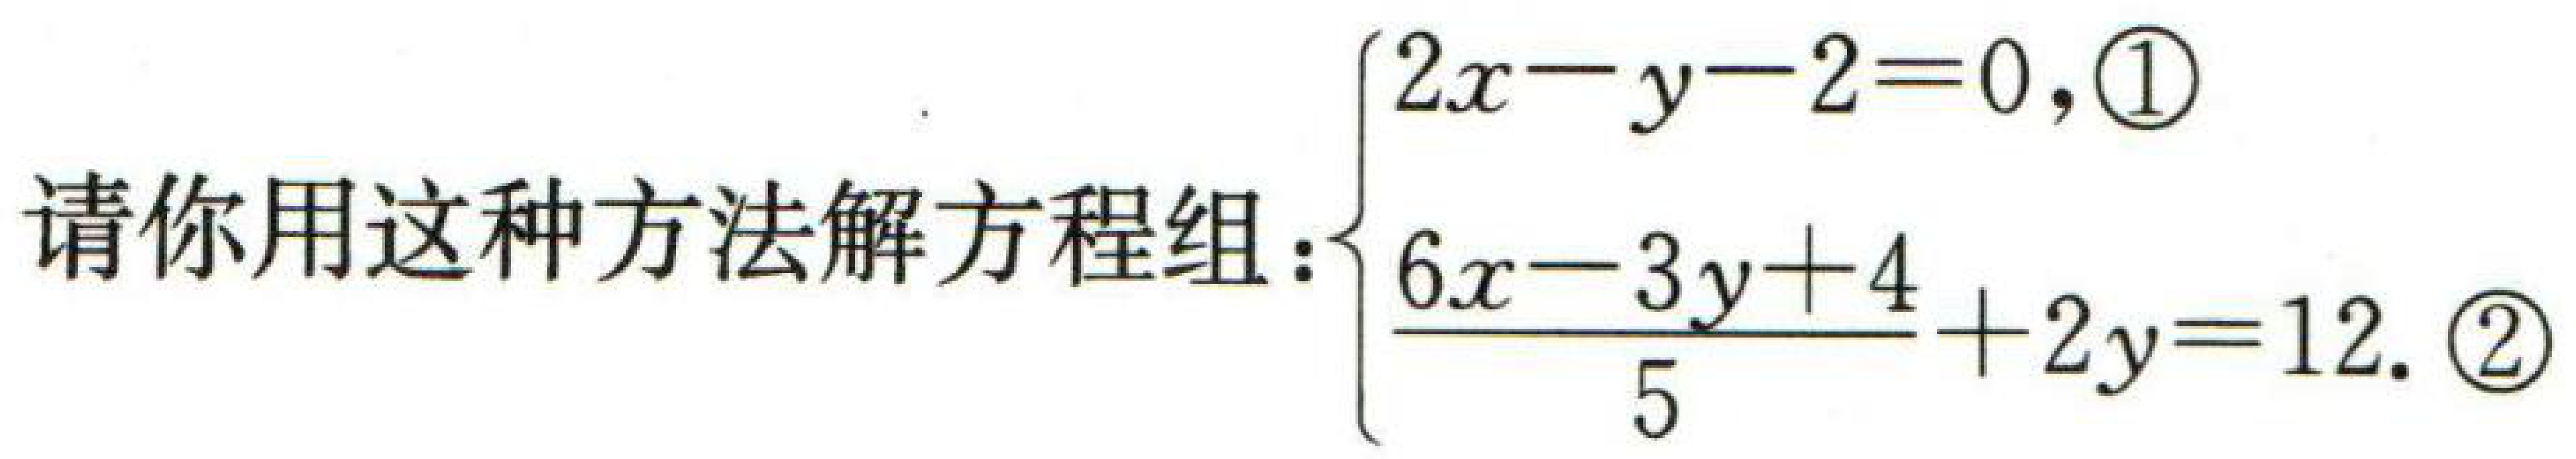
请你用这种方法解方程组：$\begin{cases}2x - y - 2 = 0,\textcircled{1}\\\dfrac{6x - 3y + 4}{5}+ 2y = 12.\textcircled{2}\end{cases}$